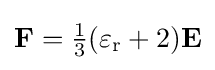
\mathbf {F} ={\tfrac {1}{3}}(\varepsilon _{\mathrm {r} }+2)\mathbf {E}